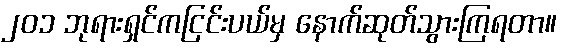
၂၀၁ ဘုရားရှင်ကငြင်းပယ်မှ နောက်ဆုတ်သွားကြရတာ။